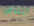
تتسلل